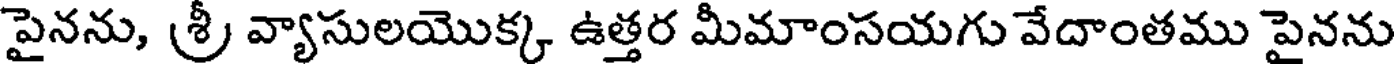
పైనను, శ్రీ వ్యాసులయొక్క ఉత్తర మీమాంసయగు వేదాంతము పైనను